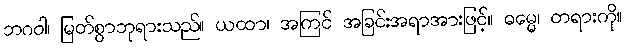
ဘဂဝါ၊ မြတ်စွာဘုရားသည်။ ယထာ၊ အကြင် အခြင်းအရာအားဖြင့်။ ဓမ္မေ၊ တရားကို။